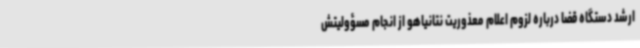
ارشد دستگاه قضا درباره لزوم اعلام معذوریت نتانیاهو از انجام مسؤولیتش